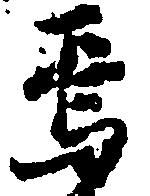
焉